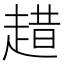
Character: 趞